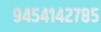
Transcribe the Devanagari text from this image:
९४५४१४२७८५